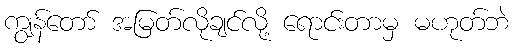
ကျွန်တော် အမြတ်လိုချင်လို့ ရောင်းတာမှ မဟုတ်ဘဲ